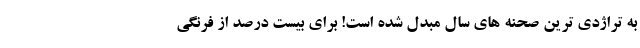
به تراژدی ترین صحنه های سال مبدل شده است! برای بیست درصد از فرنگی